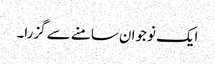
ایک نوجوان سامنے سے گزرا۔